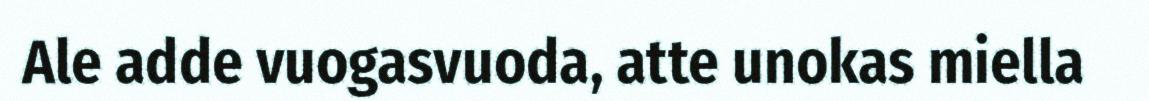
Ale adde vuogasvuoda, atte unokas miella